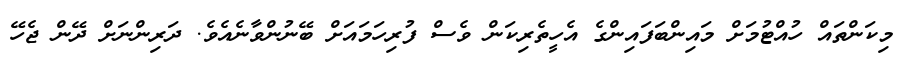
މިކަންތައް ހުއްޓުމަށް މައިންބަފައިންގެ އެހީތެރިކަން ވެސް ފުރިހަމައަށް ބޭނުންވާނެއެވެ. ދަރިންނަށް ދޭން ޖެހޭ